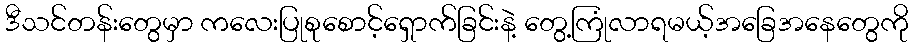
ဒီသင်တန်းတွေမှာ ကလေးပြုစုစောင့်ရှောက်ခြင်းနဲ့ တွေ့ကြုံလာရမယ့်အခြေအနေတွေကို